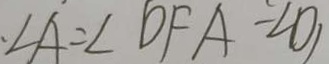
\angle A = \angle D F A - \angle D ,